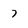
Character: 7